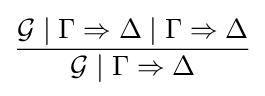
{\frac {{\mathcal {G}}\mid \Gamma \Rightarrow \Delta \mid \Gamma \Rightarrow \Delta }{{\mathcal {G}}\mid \Gamma \Rightarrow \Delta }}